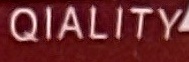
QIALITY